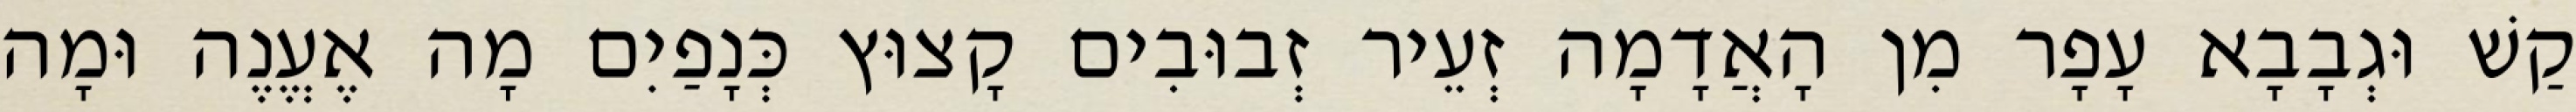
קַשׁ וּגְבָבָא עָפָר מִן הָאֲדָמָה זְעֵיר זְבוּבִים קָצוּץ כְּנָפַיִם מָה אֶעֱנֶה וּמָה